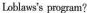
Ltlas's proenm?